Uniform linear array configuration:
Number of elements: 4
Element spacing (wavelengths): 1
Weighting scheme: cosine
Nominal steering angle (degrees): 45
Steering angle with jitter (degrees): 44.909
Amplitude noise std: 0.05
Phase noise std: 0.05

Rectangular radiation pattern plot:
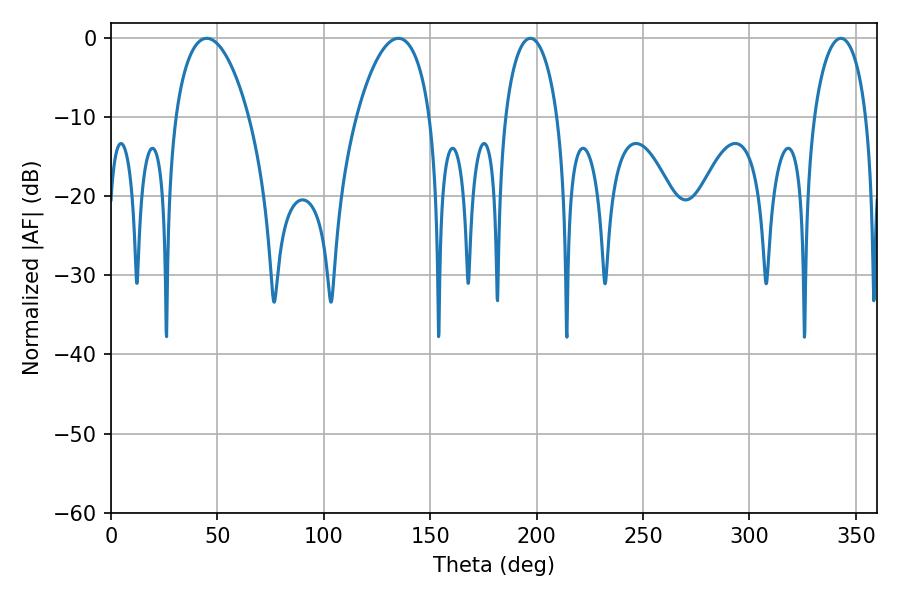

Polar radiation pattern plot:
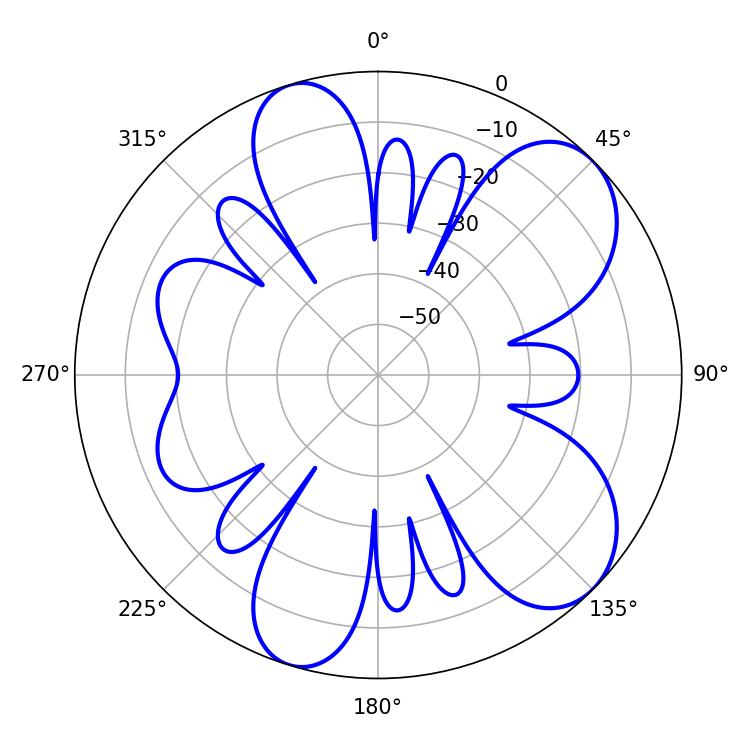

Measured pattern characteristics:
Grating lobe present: TRUE
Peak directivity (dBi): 7.836
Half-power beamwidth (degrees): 19.44
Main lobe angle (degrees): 135